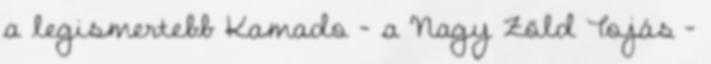
a legismertebb Kamado - a Nagy Zöld Tojás -